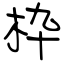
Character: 枠